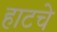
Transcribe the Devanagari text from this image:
हाटचे